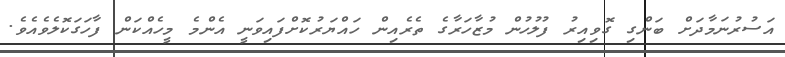
އަސުރުނަމާދަށް ބަންގި ގޮވިއިރު ފުލުހުން މުޒާހަރާގެ ތެރެއިން ހައްޔަރުކޮށްފައިވަނީ އެންމެ މީހެއްކަން ފާހަގަކޮލެވެއެވެ.